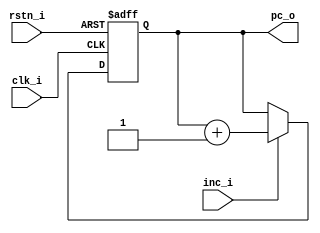
module pc(
    input clk_i, 
    input rstn_i, 

    input inc_i,

    output[3:0] pc_o);

reg[3:0] pc;

always @ (negedge clk_i, negedge rstn_i) begin
    if(!rstn_i) begin
        pc <= 4'b0;
    end else if(inc_i) begin
        pc <= pc_o + 1;
    end
end

assign pc_o = pc;

endmodule